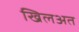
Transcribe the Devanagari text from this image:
खिलअत